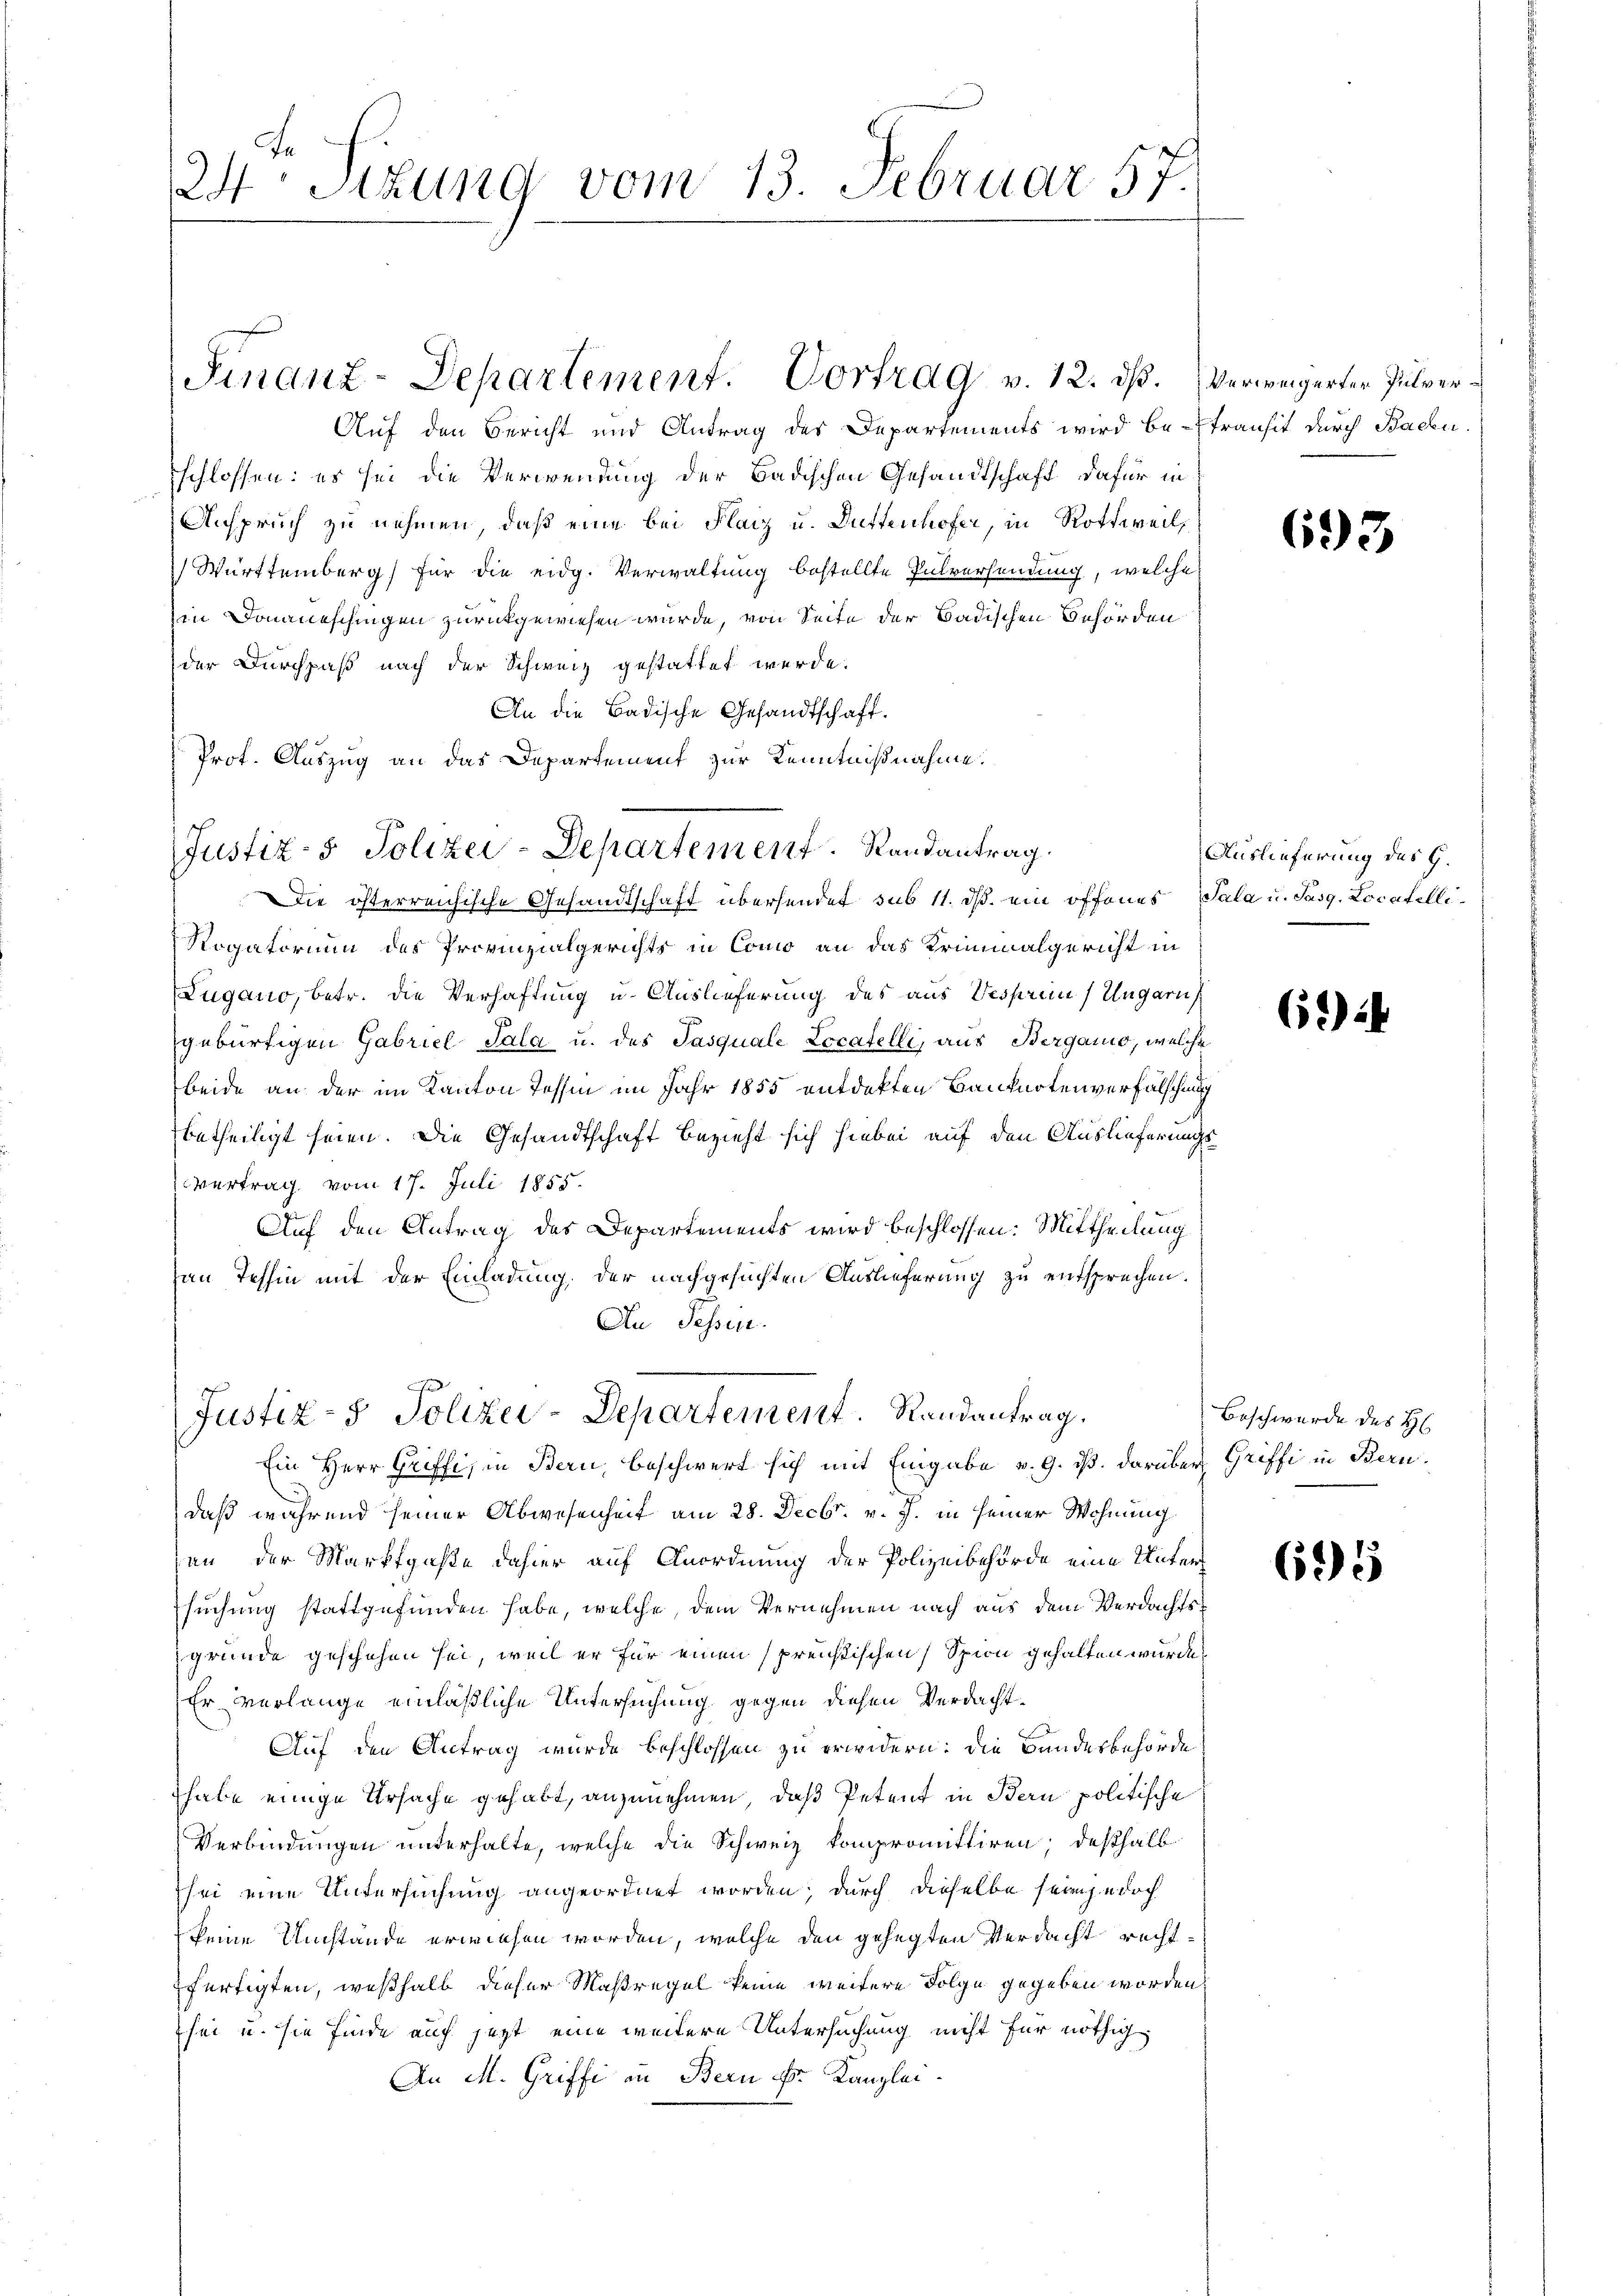
24. Sizung vom 13. Februar 57.

Auf den Bericht und Antrag des Departements wird be-transit durch Baden.
schlossen: es sei die Verwendung der Badischen Gesandtschaft dafür in
Anspruch zu nehmen, daß eine bei Flaiz u. Duttenhofer, in Rothweil
Württemberg für die eidg. Verwaltung bestellte Pulversendung, welche
in Donaueschingen zurückgewiesen wurde, von Seite der Badischen Behörden
der Durchpaß nach der Schweiz gestattet werde.
An die Badische Gesandtschaft.
Prof. Auszug an das Departement zur Kenntnißnahme.

Finanz-Departement. Vortrag v. 12. ds. Verweigerter Pulver¬

Justiz- & Polizei-Departement. Randantrag.

Rogatorium des Provinzialgerichts in Como an das Kriminalgericht in
Lugano, betr. die Verhaftung u. Auslieferung des aus Vesprein Ungarn,
gebürtigen Gabriel Sala u. des Pasquale Locatelli, aus Berganio, welche
beide an der im Kanton Tessin im Jahr 1855 entdekten Banknotenverfälschung
betheiligt seien. Die Gesandtschaft bezieht sich hiebei auf den Auslieferungs
vertrag vom 17. Juli 1855.
Auf den Antrag des Departements wird beschlossen: Mittheilung
an Tessin mit der Einladung, der nachgesuchten Auslieferung zu entsprechen.
Au Sessen.

Justiz- & Polizei-Departement. Randantrag.
Ein Herr Griffi, in Bern, beschwert sich mit Eingabe v. 9. ds. darüber Griffi in Bern.

die österreichische Gesandtschaft übersendet sub 11. ds. ein offenes Sala u. Pasg. Locatelli¬

daß während seiner Abwesenheit am 28. Decbr. v. J. in seiner Wohnung
sen, der Marktgaße dahier auf Anordnung der Polizeibehörde eine Unter-
suchung stattgefunden habe, welche, dem Vernehmen nach aus dem Verdachtsgründe geschehen sei, weil er für einen preistischen Spion gehalten würde,
Er verlange einläßliche Untersuchung gegen diesen Verdacht¬
Auf den Antrag wurde beschlossen zu erwidern: die Bandesbehörde
habe einige Ursache gehabt, anzunehmen, daß Petent in Bern politische
Verbindungen unterhalte, welche die Schweiz kompromittiren; deßhalb
sei eine Untersuchung angeordnet worden; durch dieselbe sein jedoch
keine Umstände erwiesen worden, welche den gehegten Verdacht rechtfertigten, weßhalb dieser Maßregel keine weitere Folge gegeben worden,
sei u. sie finde auf jetzt eine weitere Untersuchung nicht für nöthig
An M. Griffe in Bern Fr. Kanzlei-

693

Auslieferung des G.

6) i

Beschwerde des H

695